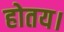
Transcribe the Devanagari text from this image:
होतय।